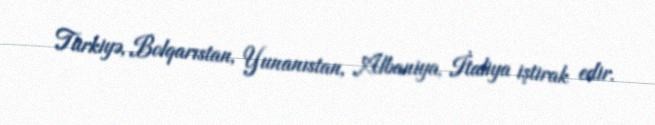
Türkiyə, Bolqarıstan, Yunanıstan, Albaniya, İtaliya iştirak edir.